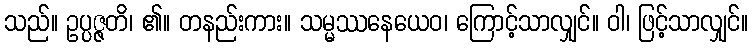
သည်။ ဥပ္ပဇ္ဇတိ၊ ၏။ တနည်းကား။ သမ္မဿနေယေဝ၊ ကြောင့်သာလျှင်။ ဝါ၊ ဖြင့်သာလျှင်။